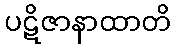
ပဋိဇာနာထာတိ